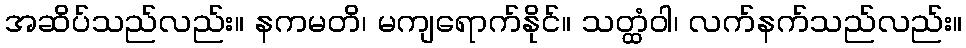
အဆိပ်သည်လည်း။ နကမတိ၊ မကျရောက်နိုင်။ သတ္ထံဝါ၊ လက်နက်သည်လည်း။